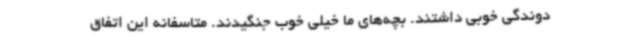
دوندگی خوبی داشتند. بچه‌های ما خیلی خوب جنگیدند. متاسفانه این اتفاق